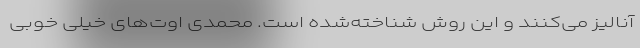
آنالیز می‌کنند و این روش شناخته‌شده است. محمدی اوت‌های خیلی خوبی